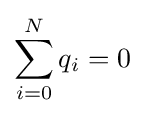
\sum _{i=0}^{N}q_{i}=0